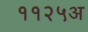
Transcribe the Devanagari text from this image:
११२५अ